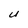
Character: u